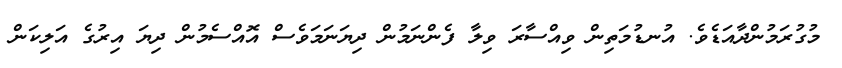
މުގުރަމުންދާއަޑެވެ. އުނޑުމަތިން ވިއްސާރަ ވިލާ ފެންނަމުން ދިޔަނަމަވެސް އޮއްސެމުން ދިޔަ އިރުގެ އަލިކަން